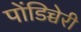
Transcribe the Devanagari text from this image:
पोंडिच्चेरी